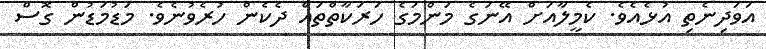
އަވަދިނެތި އުޅެއެވެ. ކެމީލާއަށް އޭނަގެ މަންމަގެ ހަރަކާތްތައް ދެކެން ހުރެވުނެވެ. މަޑުމަޑުން ގޮސް